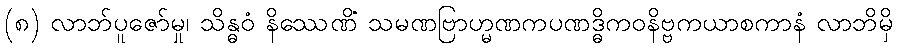
(၈) လာဘ်ပူဇော်မှု၊ သိန္ဓဝံ နိဿေဏိံ သမဏဗြာဟ္မဏကပဏဒ္ဓိကဝနိဗ္ဗကယာစကာနံ လာဘိမှိ